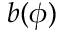
b ( \phi )